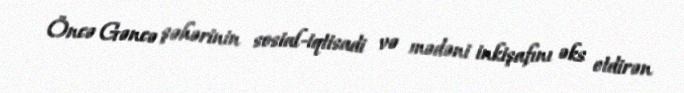
Öncə Gəncə şəhərinin sosial-iqtisadi və mədəni inkişafını əks etdirən